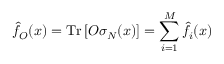
\hat { f } _ { O } ( x ) = \mathrm { T r } \left[ O \sigma _ { N } ( x ) \right] = \sum _ { i = 1 } ^ { M } \hat { f } _ { i } ( x )